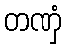
တဏှံ